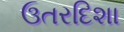
ઉતરદિશા